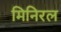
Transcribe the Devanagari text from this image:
मिनिरल